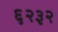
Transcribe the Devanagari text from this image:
६२३२